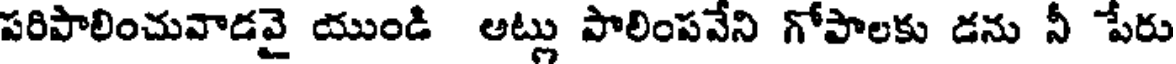
పరిపాలించువాడవై యుండి అట్లు పాలింపవేని గోపాలకు డను నీ పేరు